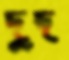
দুদ